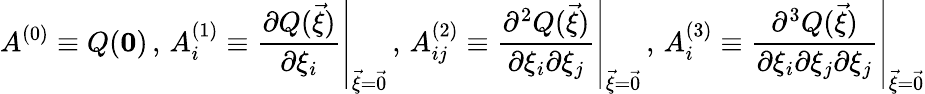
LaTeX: A^{(0)}\equiv Q(\boldsymbol{0})\, ,\, A_{i}^{(1)}\equiv\left.\frac{\partial Q(\vec{\xi})}{\partial\xi_{i}}\right|_{\vec{\xi}=\vec{0}}\, ,\, A_{ij}^{(2)}\equiv\left.\frac{\partial^{2}Q(\vec{\xi})}{\partial\xi_{i}\partial\xi_{j}}\right|_{\vec{\xi}=\vec{0}}\, ,\, A_{i}^{(3)}\equiv\left.\frac{\partial^{3}Q(\vec{\xi})}{\partial\xi_{i}\partial\xi_{j}\partial\xi_{j}}\right|_{\vec{\xi}=\vec{0}}